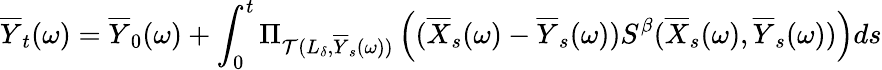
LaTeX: \overline{Y}_{t}(\omega)=\overline{Y}_{0}(\omega)+\int_{0}^{t}\Pi_{\mathcal{T}(L_{\delta},\overline{Y}_{s}(\omega))}\left((\overline{X}_{s}(\omega)-\overline{Y}_{s}(\omega))S^{\beta}(\overline{X}_{s}(\omega),\overline{Y}_{s}(\omega))\right)ds